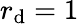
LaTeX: r_{\mathrm{d}}=1